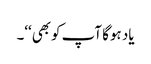
یاد ہوگا آپ کوبھی‘‘۔